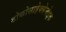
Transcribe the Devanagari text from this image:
डोकोसाहेक्सेनोइक